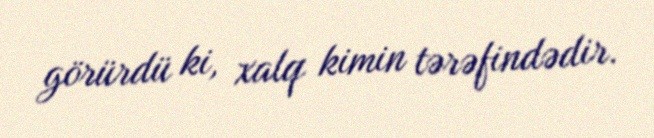
görürdü ki, xalq kimin tərəfindədir.